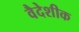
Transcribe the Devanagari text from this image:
वैदेशीक